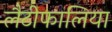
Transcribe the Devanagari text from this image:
लैटीफालिया